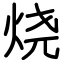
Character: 烧